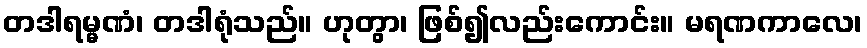
တဒါရမ္မဏံ၊ တဒါရုံသည်။ ဟုတွာ၊ ဖြစ်၍လည်းကောင်း။ မရဏကာလေ၊